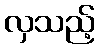
လှသည့်